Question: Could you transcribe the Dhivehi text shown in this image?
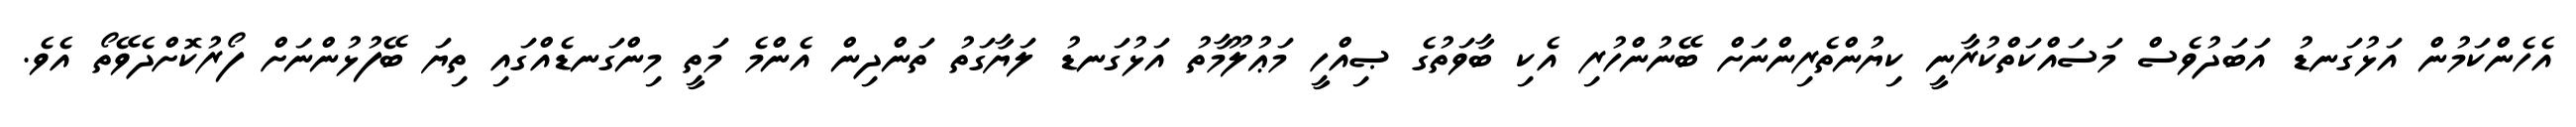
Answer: އެހެންކަމުން އަޅުގަނޑު އަބަދުވެސް މަސައްކަތްކުރާނީ ކިޔުންތެރިންނަށް ބޭނުންހުރި އެކި ބާވަތުގެ ޞިއްހީ މަޢުލޫމާތު އަޅުގަނޑު ލަޔާގަތު ތަންދިން އެންމެ މަތީ މިންގަނޑެއްގައި ތިޔަ ބޭފުޅުންނަށް ފޯރުކޮށްދެވޭތޯ އެވެ.